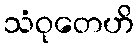
သံဝုတေဟိ